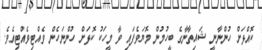
ކޮއްޅަށް ހުންނާނީ ޝައިތާނާގެ ބީހުމުން މޮޔަވެފައި ވާ މީހަކު ކޮޅަށް ހުންނަހެން ވެއްޓިވެއްޓިއެވެ.